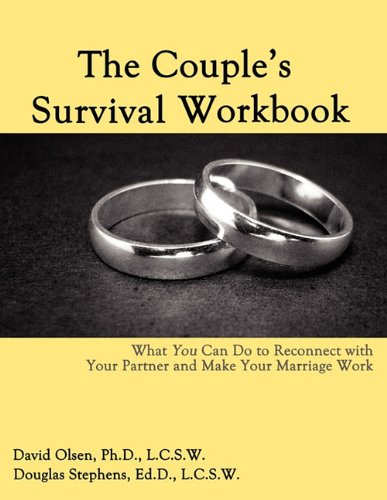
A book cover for The Couple's Survival Workbook: What You Can Do To Reconnect With Your Partner and Make Your Marriage Work; David Olsen; Parenting & Relationships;